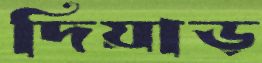
দিয়াড়